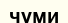
чуми